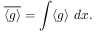
\overline { { \langle g \rangle } } = \int \langle g \rangle \ d \boldsymbol { x } .